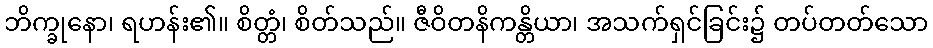
ဘိက္ခုနော၊ ရဟန်း၏။ စိတ္တံ၊ စိတ်သည်။ ဇီဝိတနိကန္တိယာ၊ အသက်ရှင်ခြင်း၌ တပ်တတ်သော